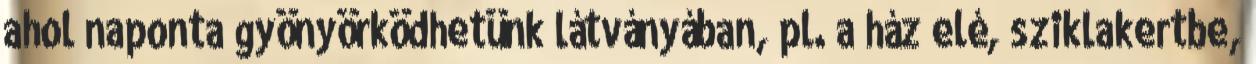
ahol naponta gyönyörködhetünk látványában, pl. a ház elé, sziklakertbe,